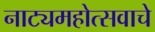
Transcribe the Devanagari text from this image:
नाट्यमहोत्सवाचे